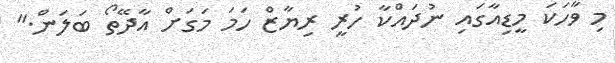
މި ވާހަކަ މީޑިއާގައި ނުދައްކާ ހުރީ ރިޔާޒް ހަމަ މަގަށް އާދޭތޯ ބަލަން."